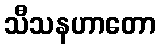
သီသနဟာတော